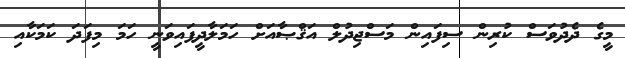
މީގެ ދެދުވަސް ކުރިން ސިފައިން މަސްޖިދުލް އަޤްޞާއަށް ހަމަލާދީފައިވަނީ ހަމަ މިފަދަ ކަމަކާއި